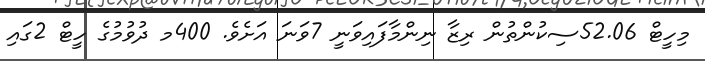
މިހީޓް 52.06ސިކުންތުން ރިޒާ ނިންމާފައިވަނީ 7ވަނަ އަށެވެ. 400މ ދުވުމުގެ ހީޓް 2ގައި